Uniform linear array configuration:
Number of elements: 48
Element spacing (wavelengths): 0.5
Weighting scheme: kaiser
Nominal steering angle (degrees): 15
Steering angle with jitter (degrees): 13.274
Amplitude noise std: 0.05
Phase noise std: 0.05

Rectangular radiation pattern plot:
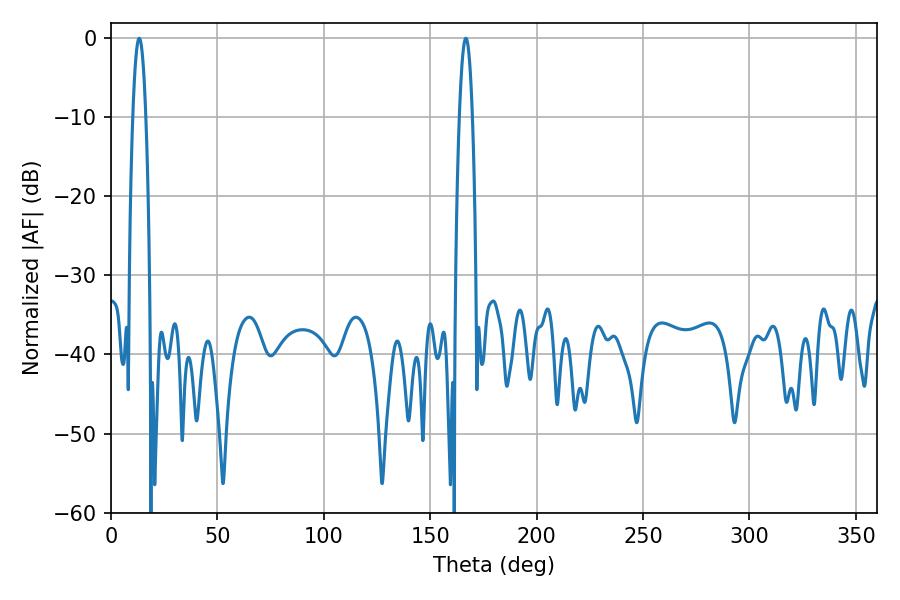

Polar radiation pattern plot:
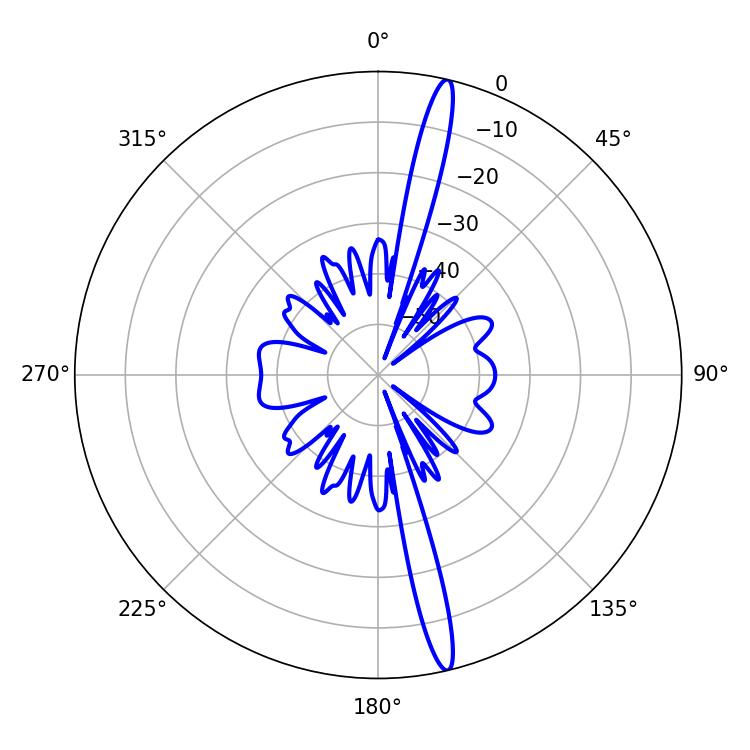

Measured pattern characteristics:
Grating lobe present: FALSE
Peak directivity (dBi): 18.334
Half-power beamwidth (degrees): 3.42
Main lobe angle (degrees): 13.32